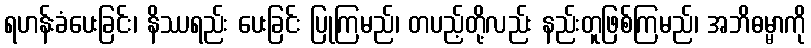
ရဟန်းခံပေးခြင်း၊ နိဿရည်း ပေးခြင်း ပြုကြမည်၊ တပည့်တို့လည်း နည်းတူဖြစ်ကြမည်၊ အဘိဓမ္မာကို